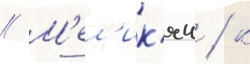
// М'ел'ик'ян / к